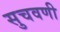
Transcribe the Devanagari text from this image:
सुचवणी